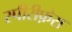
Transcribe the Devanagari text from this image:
स्पीरीफ़ेरा